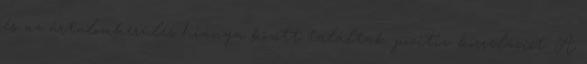
és az ártalomkerülés hiánya között találtak pozitív korrelációt. A